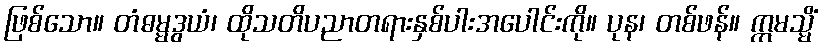
ဖြစ်သော။ တံဓမ္မဒွယံ၊ ထိုသတိပညာတရားနှစ်ပါးအပေါင်းကို။ ပုန၊ တစ်ဖန်။ ဣမသ္မိံ